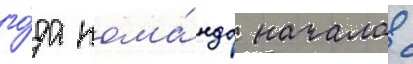
го́да кома́нда начала с